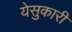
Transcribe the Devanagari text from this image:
येसुकारी